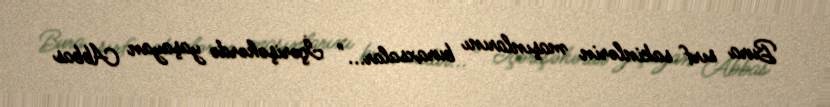
Bura sırf sakinlərin maşınlarını buraxsalar..." İçərişəhərdə yaşayan Abbas